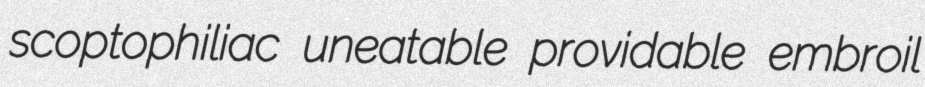
scoptophiliac uneatable providable embroil